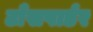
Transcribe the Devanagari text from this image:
टाँसपार्डर